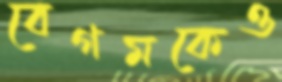
বেগমকেও